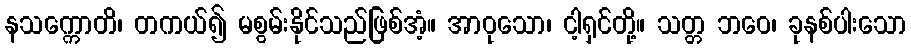
နသက္ကောတိ၊ တကယ်၍ မစွမ်းနိုင်သည်ဖြစ်အံ့။ အာဝုသော၊ ငါ့ရှင်တို့။ သတ္တ ဘဝေ၊ ခုနစ်ပါးသော